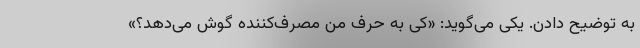
به توضیح دادن. یکی می‌گوید: «کی به حرف من مصرف‌کننده گوش می‌دهد؟»